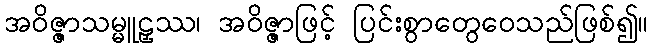
အဝိဇ္ဇာသမ္မူဠှဿ၊ အဝိဇ္ဇာဖြင့် ပြင်းစွာတွေဝေသည်ဖြစ်၍။